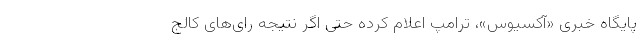
پایگاه خبری «آکسیوس»، ترامپ اعلام کرده حتی اگر نتیجه رای‌های کالج